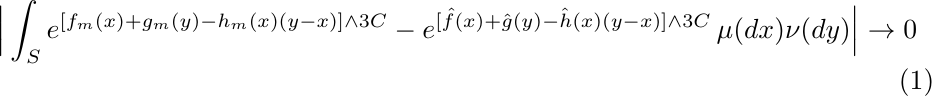
\begin{align}\label{eq:3}
\Big|\int_S e^{[f_m(x)+g_m (y)-h_m(x)(y-x)]\wedge 3C} -e^{[\hat f(x)+\hat g(y) -\hat h(x)(y-x)]\wedge 3C}\, \mu(dx)\nu(dy)\Big|\to 0
\end{align}